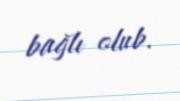
bağlı olub.